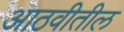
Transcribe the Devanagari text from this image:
आठवीतील